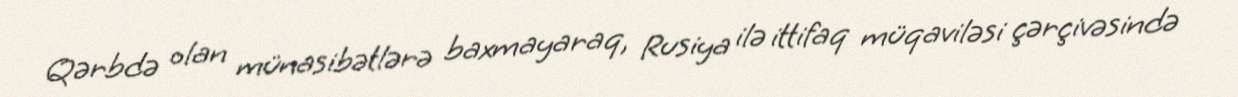
Qərbdə olan münasibətlərə baxmayaraq, Rusiya ilə ittifaq müqaviləsi çərçivəsində